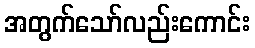
အတွက်သော်လည်းကောင်း